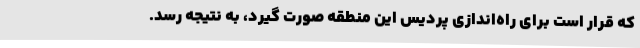
که قرار است برای راه‌اندازی پردیس این منطقه صورت گیرد، به نتیجه رسد.